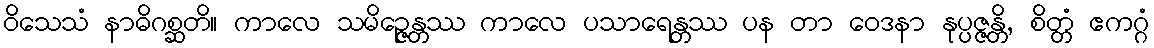
ဝိသေသံ နာဓိဂစ္ဆတိ။ ကာလေ သမိဉ္ဇေန္တဿ ကာလေ ပသာရေန္တဿ ပန တာ ဝေဒနာ နုပ္ပဇ္ဇန္တိ, စိတ္တံ ဧကဂ္ဂံ